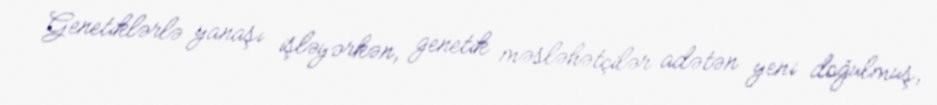
Genetiklərlə yanaşı işləyərkən, genetik məsləhətçilər adətən yeni doğulmuş,